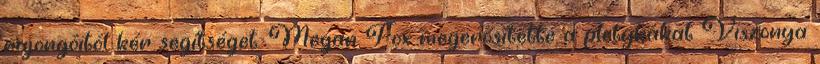
rajongóitól kér segítséget. Megan Fox megerősítette a pletykákat Viszonya